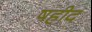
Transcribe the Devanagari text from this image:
षहीद